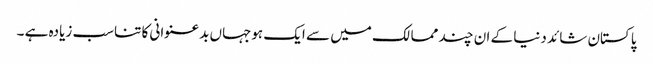
پاکستان شائد دنیا کے ان چند ممالک میں سے ایک ہوجہاں بدعنوانی کا تناسب زیادہ ہے ۔